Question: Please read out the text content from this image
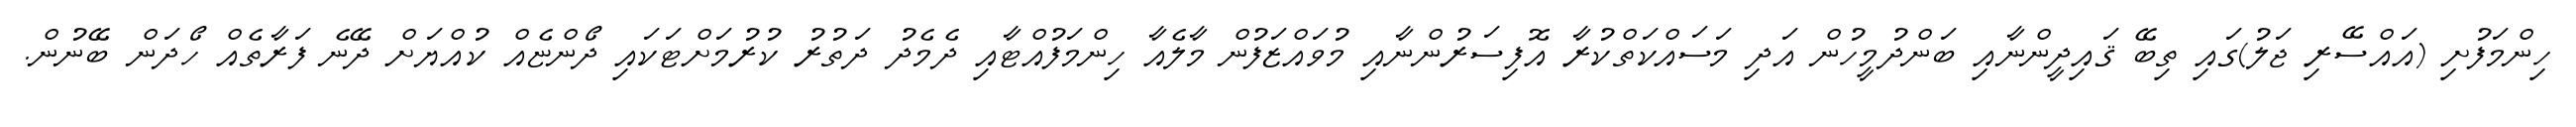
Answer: ހިންމަފުށި (އައްސޭރި ޖަލު)ގައި ތިބޭ ޤައިދީންނާއި ބަންދުމީހުން އަދި މަސައްކަތްކުރާ އޮފިސަރުންނާއި މުވައްޒަފުން މާލެއާ ހިންމަފުއްޓާއި ދެމެދު ދަތުރު ކުރުމަށްޓަކައި ދޯންޏެއް ކުއްޔަށް ދޭނެ ފަރާތެއް ހޯދަން ބޭނުން.